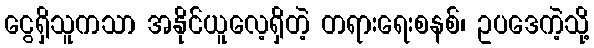
ငွေရှိသူကသာ အနိုင်ယူလေ့ရှိတဲ့ တရားရေးစနစ်၊ ဥပဒေကဲ့သို့